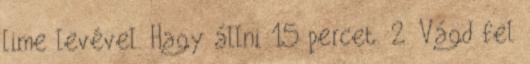
lime levével. Hagy állni 15 percet. 2. Vágd fel